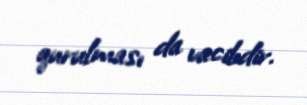
qurulması da vacibdir.